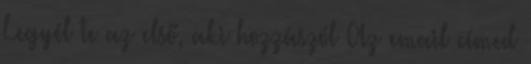
Legyél te az első, aki hozzászól Az email címed